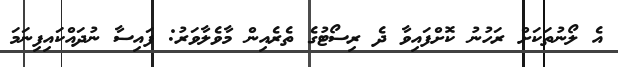
އެ ލޯނުތަކަށް ރަހުނު ކޮށްފައިވާ ދެ ރިސޯޓުގެ ތެރެއިން މާވެލާވަރު: ފައިސާ ނުދައްކައިފިނަމަ